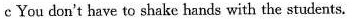
c You don't have to shake hands with the students.